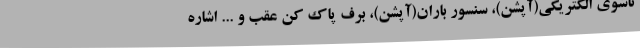
تاشوی الکتریکی(آپشن)، سنسور باران(آپشن)، برف پاک کن عقب و ... اشاره